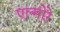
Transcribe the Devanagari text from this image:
एल्मोरे